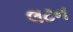
લટન